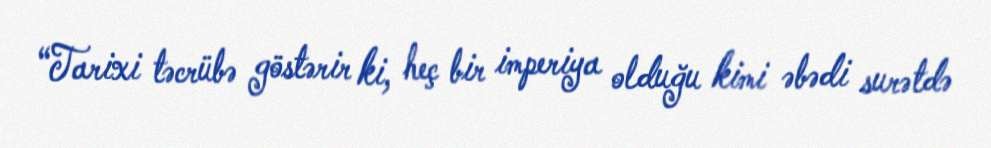
“Tarixi təcrübə göstərir ki, heç bir imperiya olduğu kimi əbədi surətdə